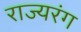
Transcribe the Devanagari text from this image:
राज्यरंग